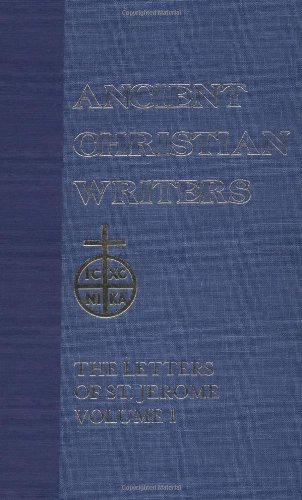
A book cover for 33. Letters of St. Jerome, Vol. 1 (Ancient Christian Writers); Charles Christopher Mierow; Religion & Spirituality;